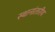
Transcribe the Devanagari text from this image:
स्थानांतारीय